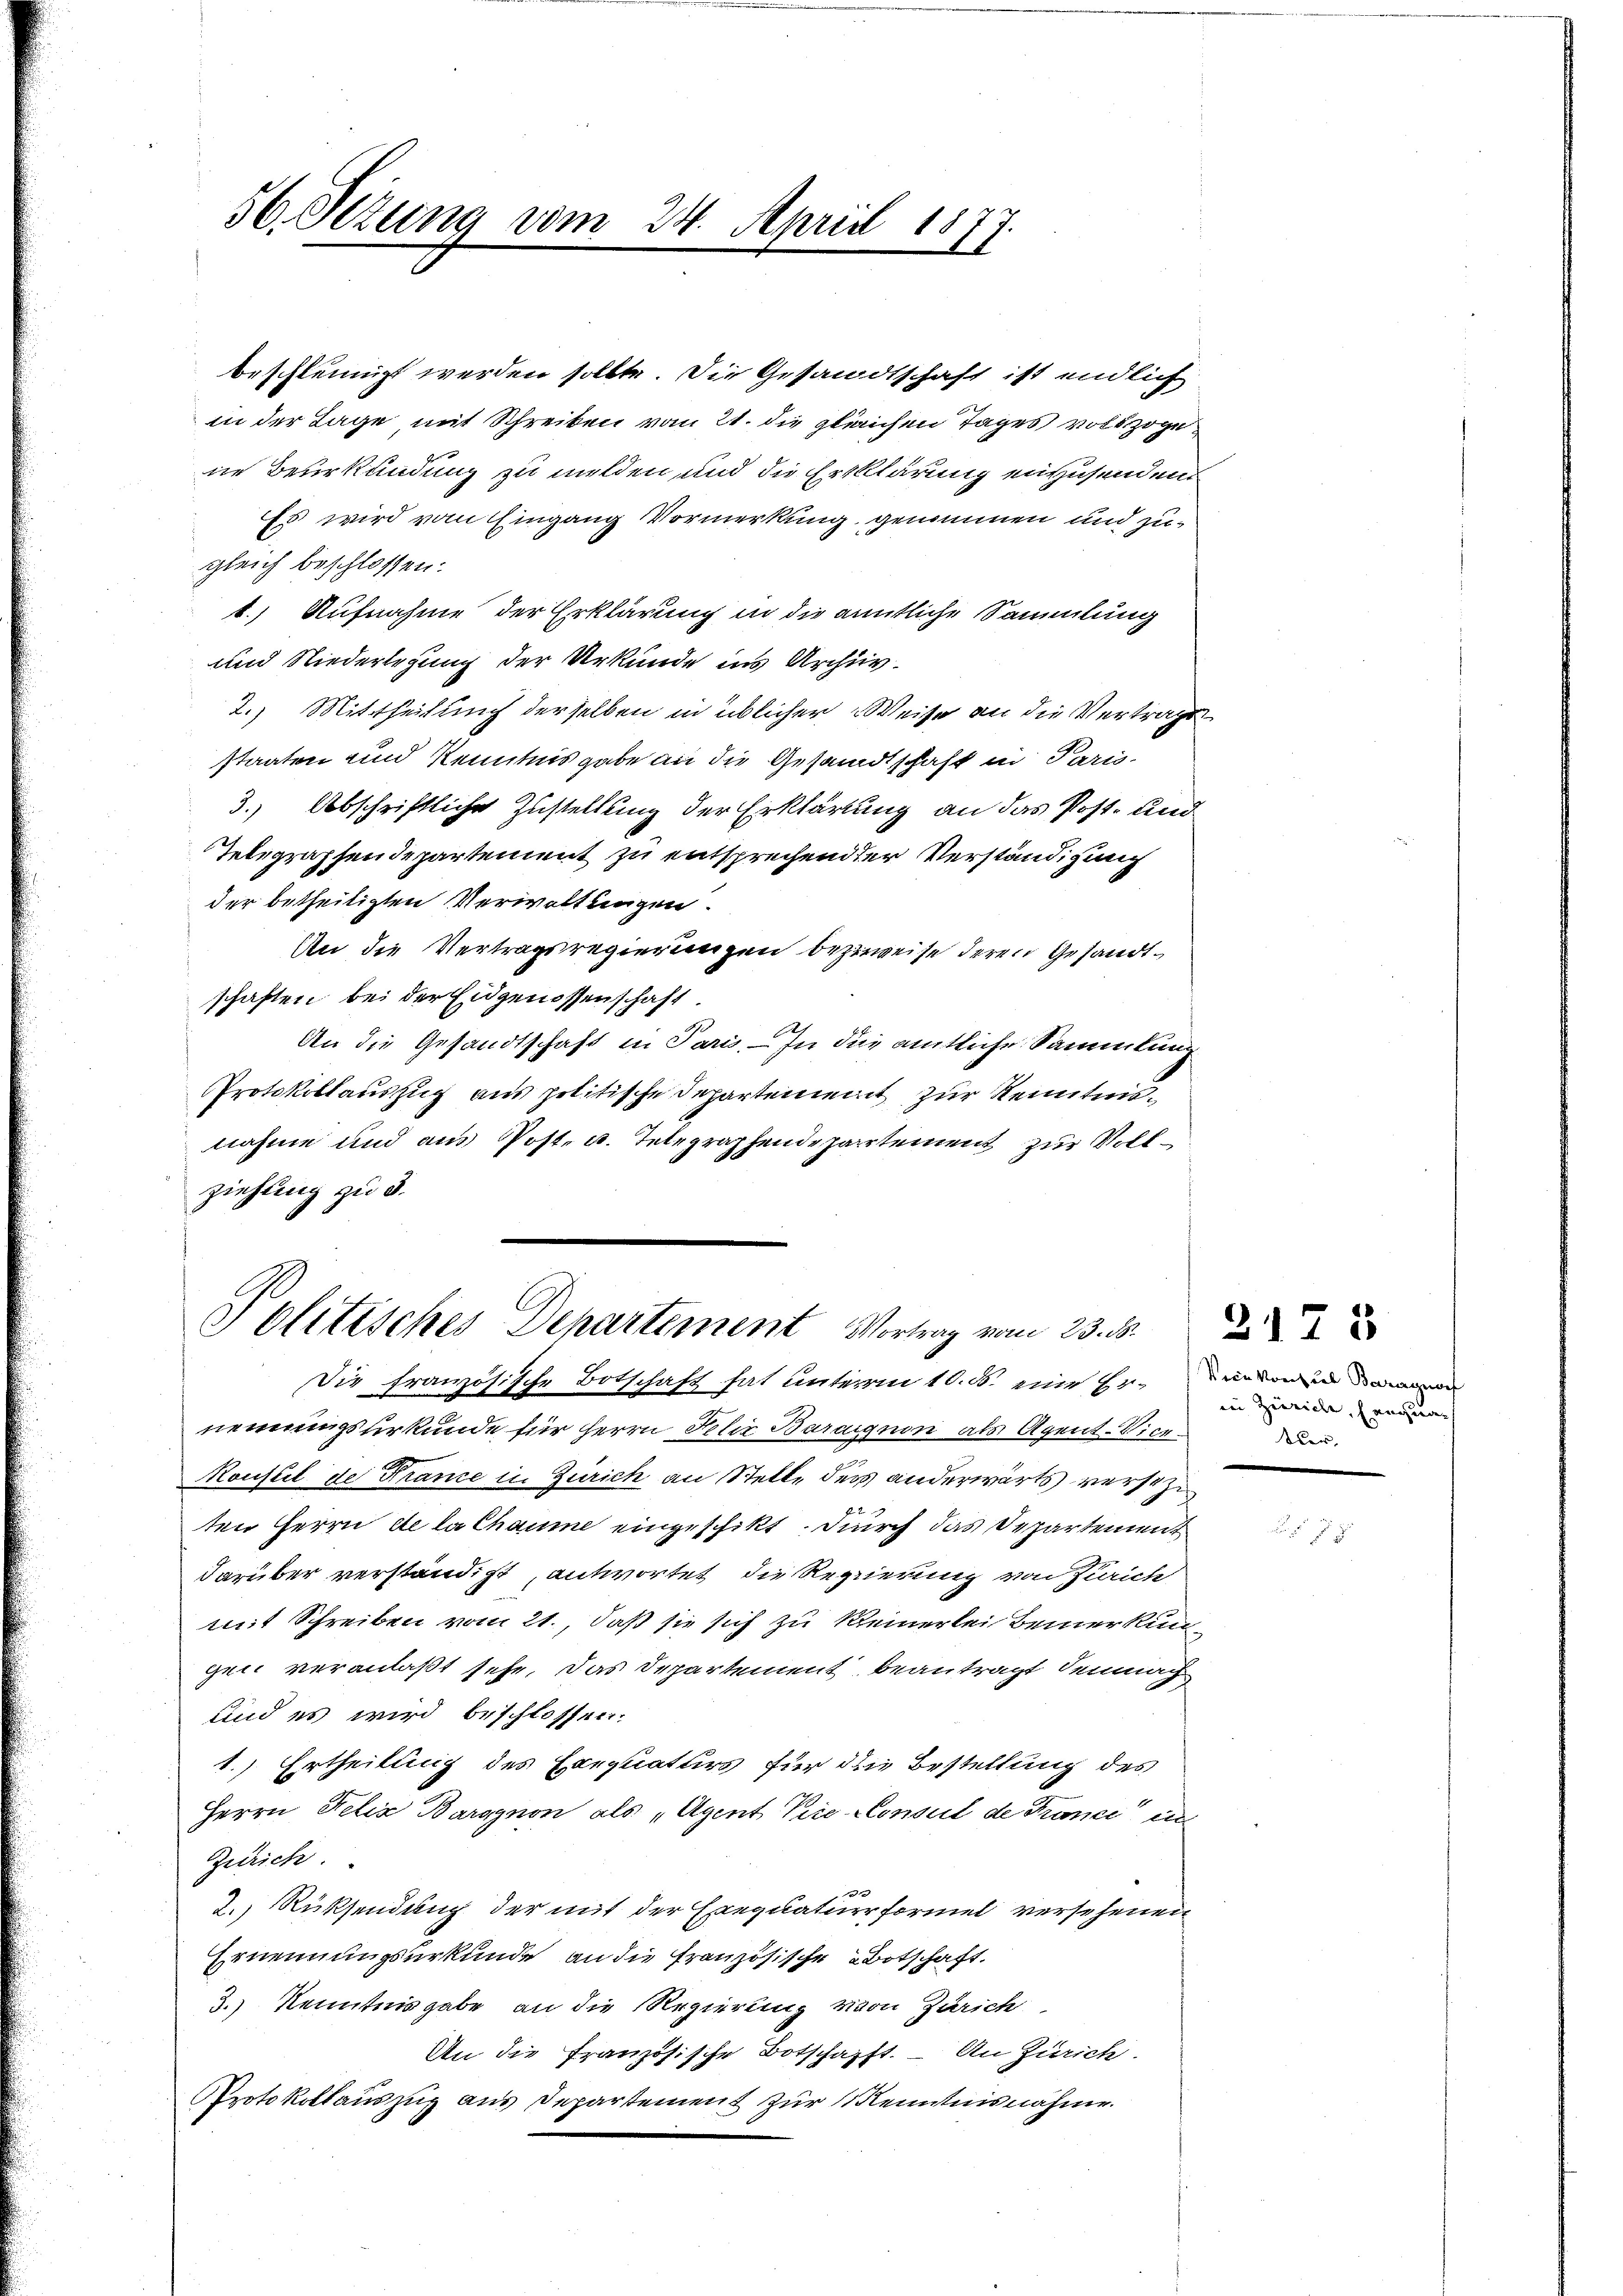
36. Sezung vom 24. April 1877.
.
l

gleich beschlossen:
und Niederlegung der Urkunde ins Archiv.
der betheiligten Verwaltungen.
An die Vertragsregierungen bezweise deren Gesandtschaften bei der Eidgenossenschaft.
An die Gesandtschaft in Paris. — In die amtliche Sammlung
Protokollauszug aus politische Departement zur Kenntnisnahme und aus Post- u. Telegraphendepartement zur Vollziehung zu 3.

beschleunigt werden sollte. Die Gesandtschaft ist endlich
in der Lage mit Schreiben vom 21. die gleichen Tages vollzoge
ne Beurkundung zu melden und die Erklärung einzusenden
Es wird vom Eingang Vormerkung genommen und zu¬
1.) Aufnahme der Erklärung in die anntliche Sammlung
2.) Mittheilung derselben in üblicher Weise an die Vertrags
staaten und Kenntnis gabe an die Gesandtschaft in Paris.
3.) Abschriftliche Zustellung der Erklärung an das Post- und
Telegraphendepartement zu entsprechender Verständigung

Politisches Departement Vortrag vom 23. d.

Die französische Botschaft hat unterm 10. ds. eine Ernennungsurkunde für Herrn Felix Baraignon als Agent-Vice
Konseil de France in Zürich an Stelle des anderwärts versezi
ten Herrn de la chaume eingeschikt. Durch das Departement
darüber verständigt antwortet, die Regierung von Zürich
mit Schreiben vom 21. daß sie sich zu keinerlei Bemerkungen veranlaßt sehe, das Departement beantragt, demnach
und es wird beschlossen.
1.) Ertheilung des Exequaturs für die Bestellung des
Herrn Felix Barognon als „Agent Vice-Conseil de France der
Zürich.
2.) Rücksendung der mit der Exequaturr formel versehenen
Ernennungsurkunde an die französische Botschaft.
3.) Kenntnisgabe an die Regierung von Zürich
An die französische Botschafft. – An Zürich.
PProtokollauszug aus Departement zur Kenntnisnahme.

2175
Vein Vorziel Baragnof
in Züricht, Langna
tur.